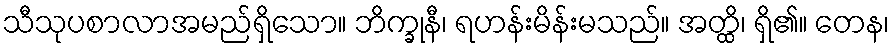
သီသုပစာလာအမည်ရှိသော။ ဘိက္ခုနီ၊ ရဟန်းမိန်းမသည်။ အတ္ထိ၊ ရှိ၏။ တေန၊